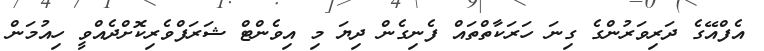
އެފްއޭގެ ދަރިވަރުންގެ ގިނަ ހަރަކާތްތައް ފެނިގެން ދިޔަ މި އިވެންޓް ޝަރަފްވެރިކޮށްދެއްވީ ހިއުމަން